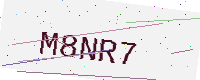
Text: M8NR7